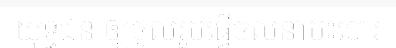
យុទ្ធជន ឲ្យចូលរួមធ្វើចលនាបះបោរ